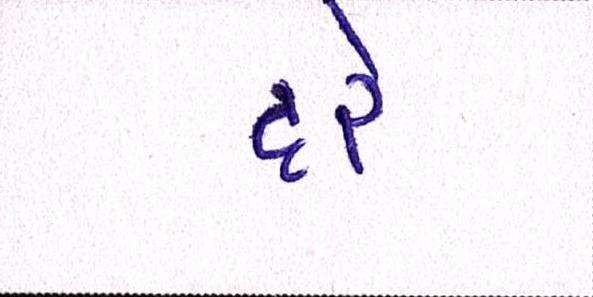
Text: દરે